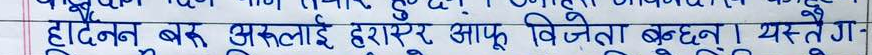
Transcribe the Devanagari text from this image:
हाट्नन् बरु अरुलाई हराएर आफू विजेता बन्दछन् । यस्तै ग-